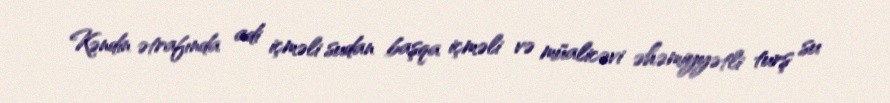
Kəndin ətrafında adi içməli sudan başqa içməli və müalicəvi əhəmiyyətli turş su